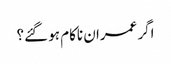
اگر عمران ناکام ہو گئے؟